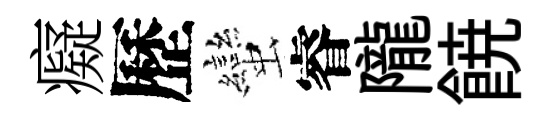
癡歷蠻睿隴𩜙